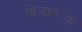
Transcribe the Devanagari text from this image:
बिजागर्‍या